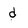
Character: d